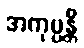
အကုပ္ပန္တိ